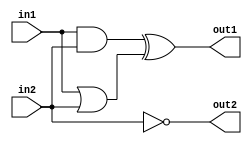
`timescale 1ns / 1ps
//////////////////////////////////////////////////////////////////////////////////
// Company: 
// Engineer: 
// 
// Design Name: 
// Module Name: first_system_dataflow
// Project Name: 
// Target Devices: 
// Tool Versions: 
// Description: 
// 
// Dependencies: 
// 
// Revision:
// Revision 0.01 - File Created
// Additional Comments:
// 
//////////////////////////////////////////////////////////////////////////////////


module first_system_dataflow(out1,out2,in1,in2);

//port definition
input in1,in2;
output out1,out2;

//description of the digital system
//dataflow modeling

wire and_out,or_out;

assign and_out = in1 & in2;
assign or_out = in1 | in2 ;
assign out1 = and_out ^ or_out;
assign out2 = ~in2;


endmodule